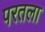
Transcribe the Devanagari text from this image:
परतला